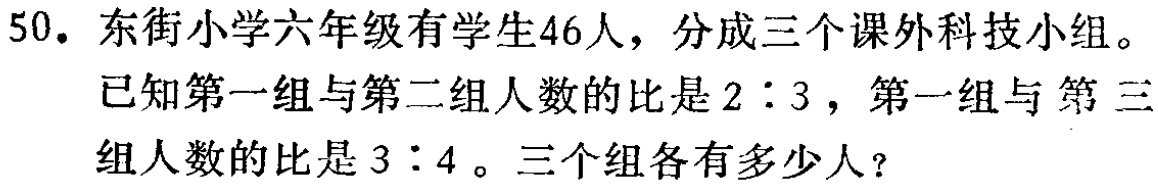
50. 东街小学六年级有学生46人，分成三个课外科 技小组。

已知第一组与第二组人数的比是\(2:3\)，第一组与第三组人数的比是\(3:4\)。三个组各有多少人？